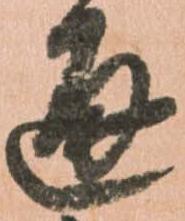
通